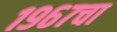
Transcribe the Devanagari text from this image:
१९६७चा